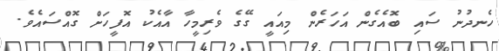
ހެނދުނު ސައި ބޮއެގެން އަހަރެން މިއައީ ގޭގެ ވެރިމީހާ އާއެކު އޮފީހަށް ގޮއްސައެވެ.